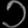
Digit: ၁